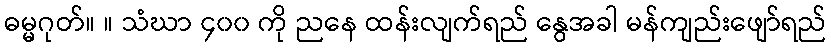
ဓမ္မဂုတ်။ ။ သံဃာ ၄၀၀ ကို ညနေ ထန်းလျက်ရည် နွေအခါ မန်ကျည်းဖျော်ရည်